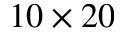
1 0 \times 2 0